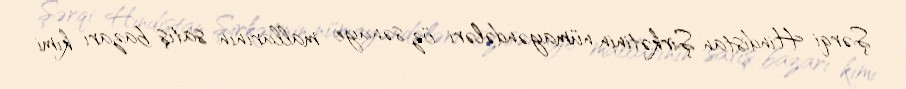
Şərqi Hindistan Şirkətinin nümayəndələri öz sənaye mallarının satış bazarı kimi